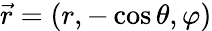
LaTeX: \vec{r}=(r,-\cos\theta,\varphi)